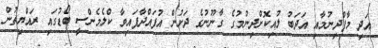
އަދި މާފްދިނުމާއި އަދަބު ލުއިކޮށްދިނުމުގެ ގާނޫނުގެ ދަށުން އުފައްދާފައިވާ ކްލެމެންސީ ބޯޑުގައި ރައްޔިތުން